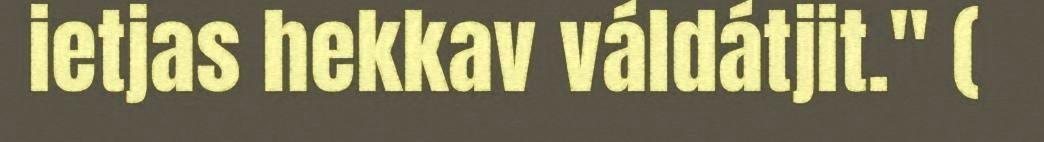
ietjas hekkav váldátjit." (